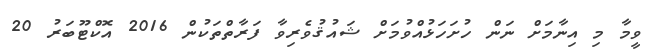
ވީމާ މި އިނާމަށް ނަން ހުށަހަޅުއްވުމަށް ޝައުޤުވެރިވާ ފަރާތްތަކުން 2016 އޮކްޓޫބަރު 20